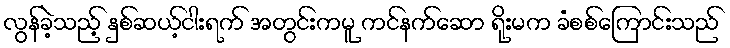
လွန်ခဲ့သည့် နှစ်ဆယ့်ငါးရက် အတွင်းကမူ ကင်နက်ဆော ရိုးမက ခံစစ်ကြောင်းသည်